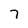
Character: 7